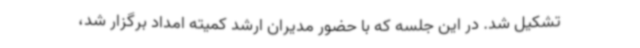
تشکیل شد. در این جلسه که با حضور مدیران ارشد کمیته امداد برگزار شد،